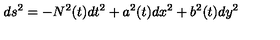
d s ^ { 2 } = - N ^ { 2 } ( t ) d t ^ { 2 } + a ^ { 2 } ( t ) d x ^ { 2 } + b ^ { 2 } ( t ) d y ^ { 2 }